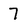
Character: 7